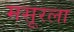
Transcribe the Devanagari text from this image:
मसूरला